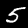
Label: 5